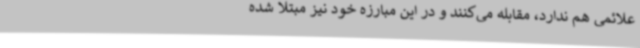
علائمی هم ندارد، مقابله می‌کنند و در این مبارزه خود نیز مبتلا شده